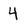
Character: 4